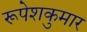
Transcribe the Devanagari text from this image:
रूपेशकुमार